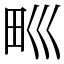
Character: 𤰝